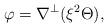
LaTeX: \begin{align*}\varphi= \nabla^\bot(\xi^2\Theta), \end{align*}